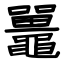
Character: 鼉